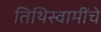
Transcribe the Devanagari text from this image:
तिथिस्वामींचे